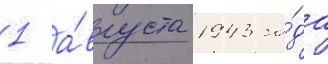
1 а́вгуста 1943 го́да